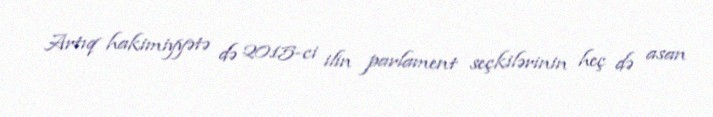
Artıq hakimiyyətə də 2015-ci ilin parlament seçkilərinin heç də asan